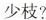
少枝?